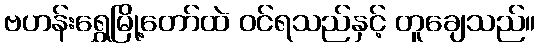
ဗဟန်းရွှေမြို့တော်ထဲ ဝင်ရသည်နှင့် တူချေသည်။